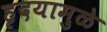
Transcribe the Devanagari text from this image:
हृदयामुळे